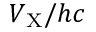
V _ { \mathrm { X } } / h c